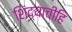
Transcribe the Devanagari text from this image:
शिंद्याचीहि